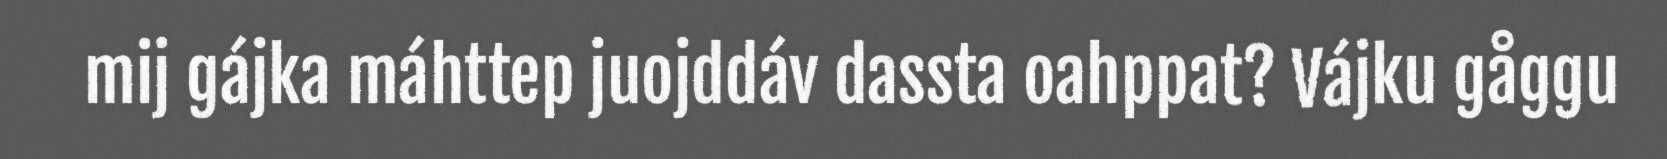
mij gájka máhttep juojddáv dassta oahppat? Vájku gåggu